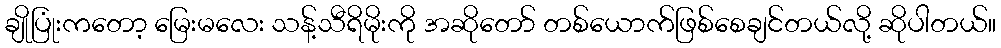
ချိုပြုံးကတော့ မြေးမလေး သန့်သီရိမိုးကို အဆိုတော် တစ်ယောက်ဖြစ်စေချင်တယ်လို့ ဆိုပါတယ်။